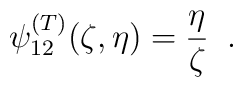
\psi_{12}^{(T)}(\zeta,\eta)=\frac{\eta}{\zeta}\;\;.